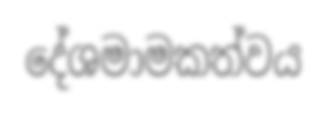
දේශමාමකත්වය